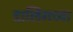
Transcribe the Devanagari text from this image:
डार्लिंगच्या